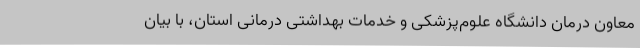
معاون درمان دانشگاه علوم‌پزشکی و خدمات بهداشتی درمانی استان، با بیان